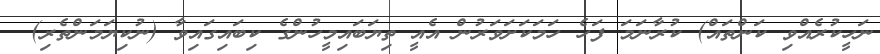
ނަހީކުރެއްވި ކަންތައް) ކުރާނަމަ ފަހެ ހަމަކަށަވަރުން އެއީ ތިޔަބައިމީހުންގެ ކިބައިގައިވާ (ނުކިޔަމަންތެރި)